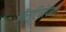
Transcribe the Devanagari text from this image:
ऑस्टियोपेथी